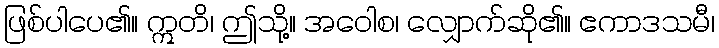
ဖြစ်ပါပေ၏။ ဣတိ၊ ဤသို့။ အဝေါစ၊ လျှောက်ဆို၏။ ဧကာဒသမီ၊